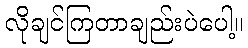
လိုချင်ကြတာချည်းပဲပေါ့။